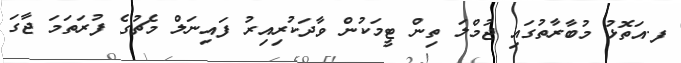
ފ.އަތޮޅު މުބާރާތުގައި ޖުމްލަ ތިން ޓީމަކުން ވާދަކުރިއިރު ފައިނަލް މެޗުގެ ފުރަތަމަ ޖާގަ